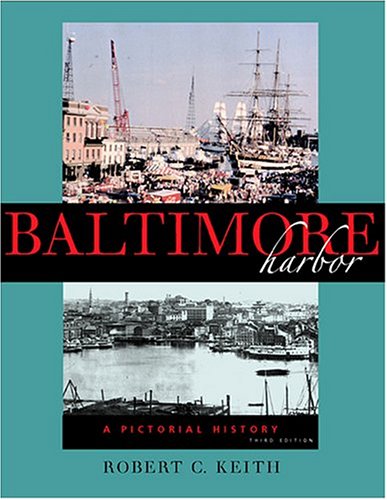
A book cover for Baltimore Harbor: A Pictorial History; Robert C. Keith; Travel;